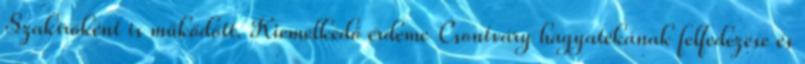
Szakíróként is működött. Kiemelkedő érdeme Csontváry hagyatékának felfedezése és